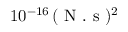
1 0 ^ { - 1 6 } \, ( \textrm { N } . \textrm { s } ) ^ { 2 }